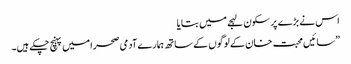
اس نے بڑے پر سکون لہجے میں بتایا
”سائیں محبت خان کے لوگوں کے ساتھ ہمارے آدمی صحرا میں پہنچ چکے ہیں۔